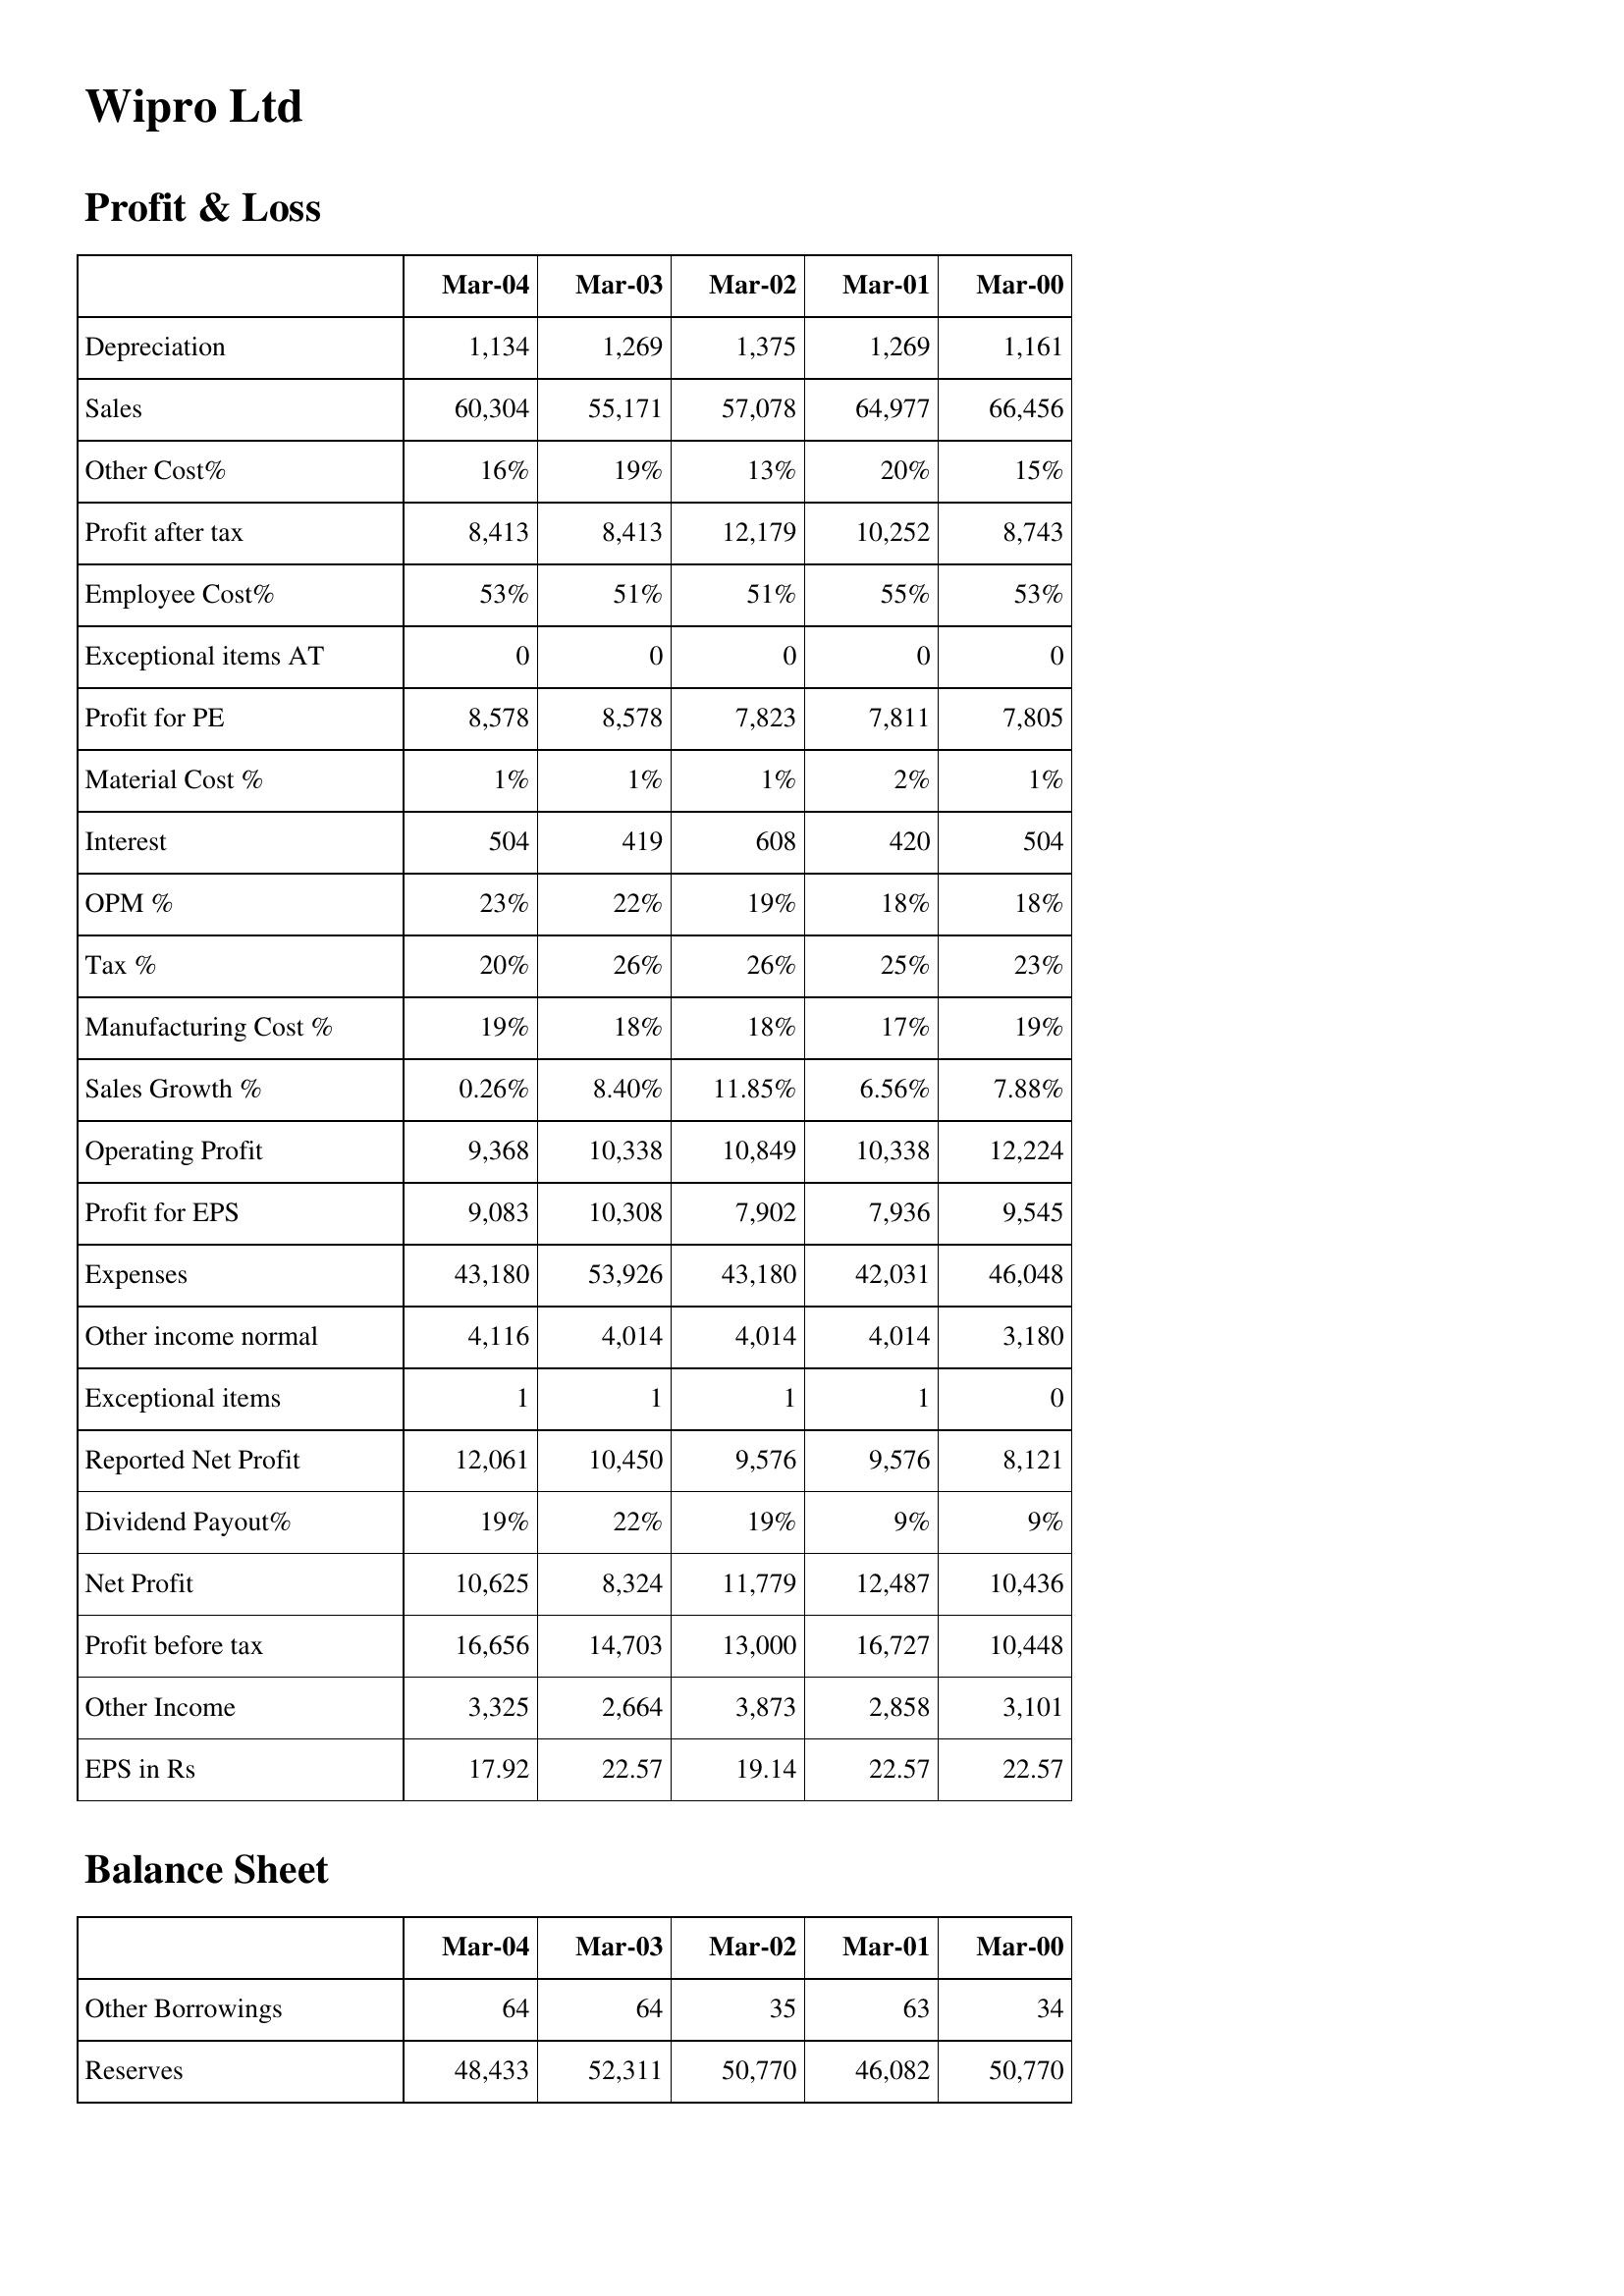
Mar-04: Profit & Loss: Depreciation: 1,134
Sales: 60,304
Other Cost%: 16%
Profit after tax: 8,413
Employee Cost%: 53%
Exceptional items AT: 0
Profit for PE: 8,578
Material Cost %: 1%
Interest: 504
OPM %: 23%
Tax %: 20%
Manufacturing Cost %: 19%
Sales Growth %: 0.26%
Operating Profit: 9,368
Profit for EPS: 9,083
Expenses: 43,180
Other income normal: 4,116
Exceptional items: 1
Reported Net Profit: 12,061
Dividend Payout%: 19%
Net Profit: 10,625
Profit before tax: 16,656
Other Income: 3,325
EPS in Rs: 17.92
Balance Sheet: Other Borrowings: 64
Reserves: 48,433
Mar-03: Profit & Loss: Depreciation: 1,269
Sales: 55,171
Other Cost%: 19%
Profit after tax: 8,413
Employee Cost%: 51%
Exceptional items AT: 0
Profit for PE: 8,578
Material Cost %: 1%
Interest: 419
OPM %: 22%
Tax %: 26%
Manufacturing Cost %: 18%
Sales Growth %: 8.40%
Operating Profit: 10,338
Profit for EPS: 10,308
Expenses: 53,926
Other income normal: 4,014
Exceptional items: 1
Reported Net Profit: 10,450
Dividend Payout%: 22%
Net Profit: 8,324
Profit before tax: 14,703
Other Income: 2,664
EPS in Rs: 22.57
Balance Sheet: Other Borrowings: 64
Reserves: 52,311
Mar-02: Profit & Loss: Depreciation: 1,375
Sales: 57,078
Other Cost%: 13%
Profit after tax: 12,179
Employee Cost%: 51%
Exceptional items AT: 0
Profit for PE: 7,823
Material Cost %: 1%
Interest: 608
OPM %: 19%
Tax %: 26%
Manufacturing Cost %: 18%
Sales Growth %: 11.85%
Operating Profit: 10,849
Profit for EPS: 7,902
Expenses: 43,180
Other income normal: 4,014
Exceptional items: 1
Reported Net Profit: 9,576
Dividend Payout%: 19%
Net Profit: 11,779
Profit before tax: 13,000
Other Income: 3,873
EPS in Rs: 19.14
Balance Sheet: Other Borrowings: 35
Reserves: 50,770
Mar-01: Profit & Loss: Depreciation: 1,269
Sales: 64,977
Other Cost%: 20%
Profit after tax: 10,252
Employee Cost%: 55%
Exceptional items AT: 0
Profit for PE: 7,811
Material Cost %: 2%
Interest: 420
OPM %: 18%
Tax %: 25%
Manufacturing Cost %: 17%
Sales Growth %: 6.56%
Operating Profit: 10,338
Profit for EPS: 7,936
Expenses: 42,031
Other income normal: 4,014
Exceptional items: 1
Reported Net Profit: 9,576
Dividend Payout%: 9%
Net Profit: 12,487
Profit before tax: 16,727
Other Income: 2,858
EPS in Rs: 22.57
Balance Sheet: Other Borrowings: 63
Reserves: 46,082
Mar-00: Profit & Loss: Depreciation: 1,161
Sales: 66,456
Other Cost%: 15%
Profit after tax: 8,743
Employee Cost%: 53%
Exceptional items AT: 0
Profit for PE: 7,805
Material Cost %: 1%
Interest: 504
OPM %: 18%
Tax %: 23%
Manufacturing Cost %: 19%
Sales Growth %: 7.88%
Operating Profit: 12,224
Profit for EPS: 9,545
Expenses: 46,048
Other income normal: 3,180
Exceptional items: 0
Reported Net Profit: 8,121
Dividend Payout%: 9%
Net Profit: 10,436
Profit before tax: 10,448
Other Income: 3,101
EPS in Rs: 22.57
Balance Sheet: Other Borrowings: 34
Reserves: 50,770